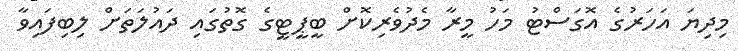
މިދިޔަ އަހަރުގެ އޮގަސްޓު މަހު މީރާ މެދުވެރިކޮށް ބީޕީޓީގެ ގޮތުގައި ދައުލަތަށް ލިބިފައިވާ